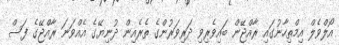
އޯލްވެލް އިމްތިހާނުގައި ރާއްޖޭން ބައިވެރިވި ދަރިވަރުންގެ ތެރެއިން ދުނިޔޭގެ އެއްވަނަ ރާއްޖޭގެ ފަސް